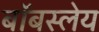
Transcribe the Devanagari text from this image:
बॉबस्लेय